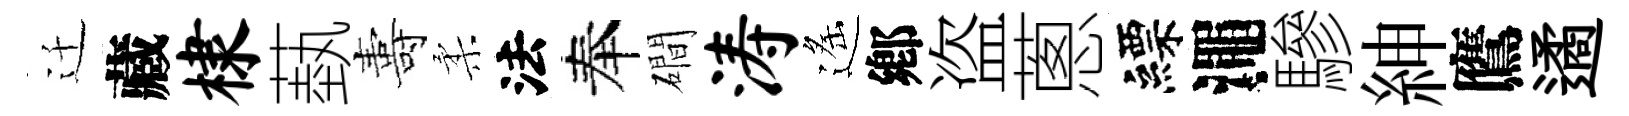
迁藏棣蓺夀柔法奉磵涛遙鄕盗蔥縹澠驂紳鷹遹